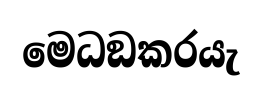
මෙධඞකරයැ